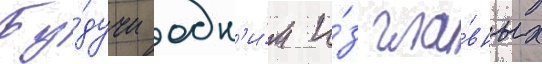
Бу́дучи одн'и́м и́з гла́вных